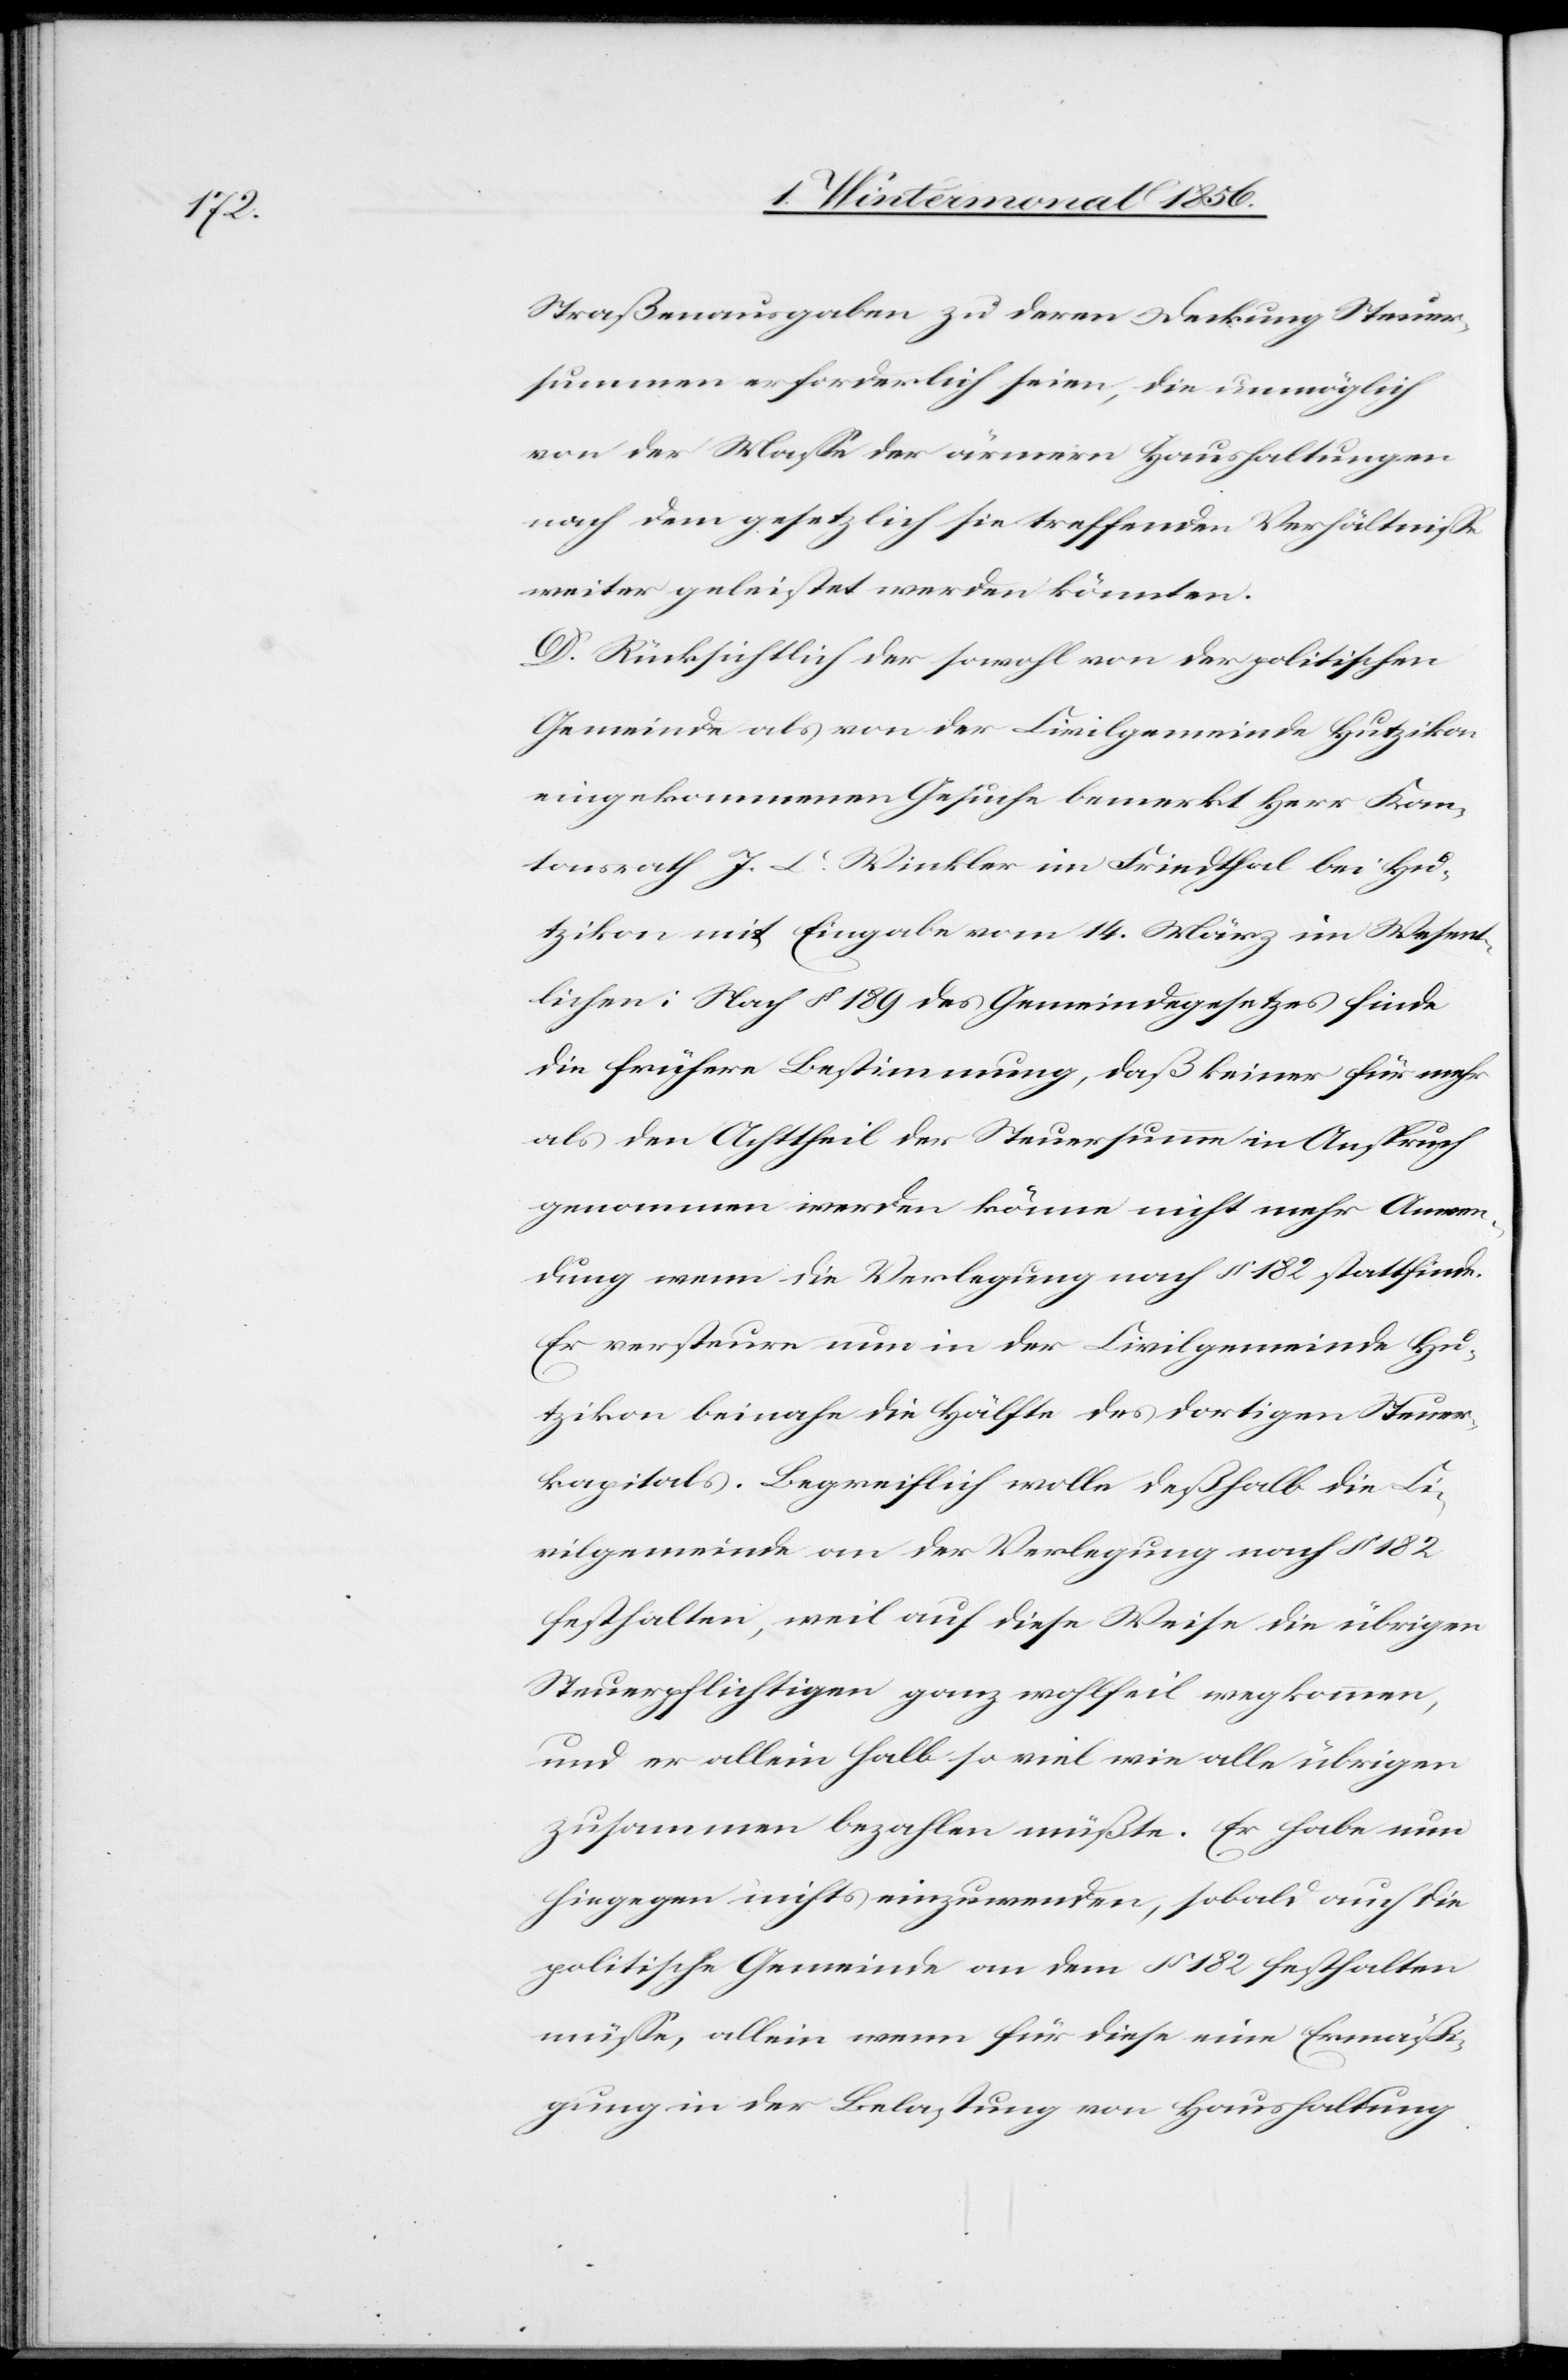
Straßenausgaben zu deren Deckung Steuer¬
summen erforderlich seien, die unmöglich
von der Masse der ärmern Haushaltungen
nach dem gesetzlich sie treffenden Verhältnisse
weiter geleistet werden könnten.
D. Rücksichtlich der sowohl von der politischen
Gemeinde als von der Civilgemeinde Hutzikon
eingekommenen Gesuche bemerkt Herr Kan¬
tonsrath J. C. Winkler im Friedthal bei Hu¬
tzikon mit Eingabe vom 14. März im Wesent¬
lichen: Nach § 189 des Gemeindegesetzes finde
die frühere Bestimmung, daß keiner für mehr
als den Achttheil der Steuersumme in Anspruch
genommen werden könne nicht mehr Anwen¬
dung wenn die Verlegung nach § 182 stattfinde.
Er versteure nun in der Civilgemeinde Hu¬
tzikon beinahe die Hälfte des dortigen Steuer¬
kapitals. Begreiflich wolle deßhalb die Ci¬
vilgemeinde an der Verlegung nach § 182
festhalten, weil auf diese Weise die übrigen
Steuerpflichtigen ganz wohlfeil wegkommen,
und er allein halb so viel wie alle übrigen
zusammen bezahlen müßte. Er habe nun
hiegegen nichts einzuwenden, sobald auch die
politische Gemeinde an dem § 182 festhalten
müsse, allein wenn für diese eine Ermäßi¬
gung in der Belastung von Haushaltung